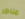
مناظر